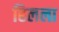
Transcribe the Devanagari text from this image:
हिलला